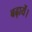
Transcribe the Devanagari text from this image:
बढ़ायें।